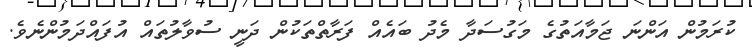
ކުރަމުން އަންނަ ޖަމާއަތުގެ މަގުސަދާ މެދު ބައެއް ފަރާތްތަކުން ދަނީ ސުވާލުތައް އުފައްދަމުންނެވެ.